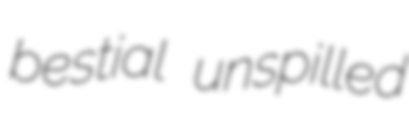
bestial unspilled